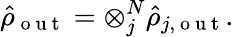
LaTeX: \hat{\rho}_{\mathrm{~o~u~t~}}=\otimes_{j}^{N}\hat{\rho}_{j,\mathrm{~o~u~t~}}.